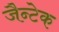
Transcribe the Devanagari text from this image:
जैन्टेक